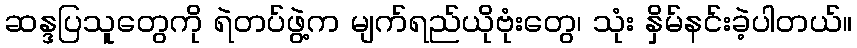
ဆန္ဒပြသူတွေကို ရဲတပ်ဖွဲ့က မျက်ရည်ယိုဗုံးတွေ၊ သုံး နှိမ်နင်းခဲ့ပါတယ်။